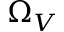
\Omega _ { V }